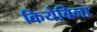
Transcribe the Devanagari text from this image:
कियेबिना